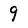
Character: 9